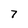
Character: 7